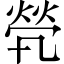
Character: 煢